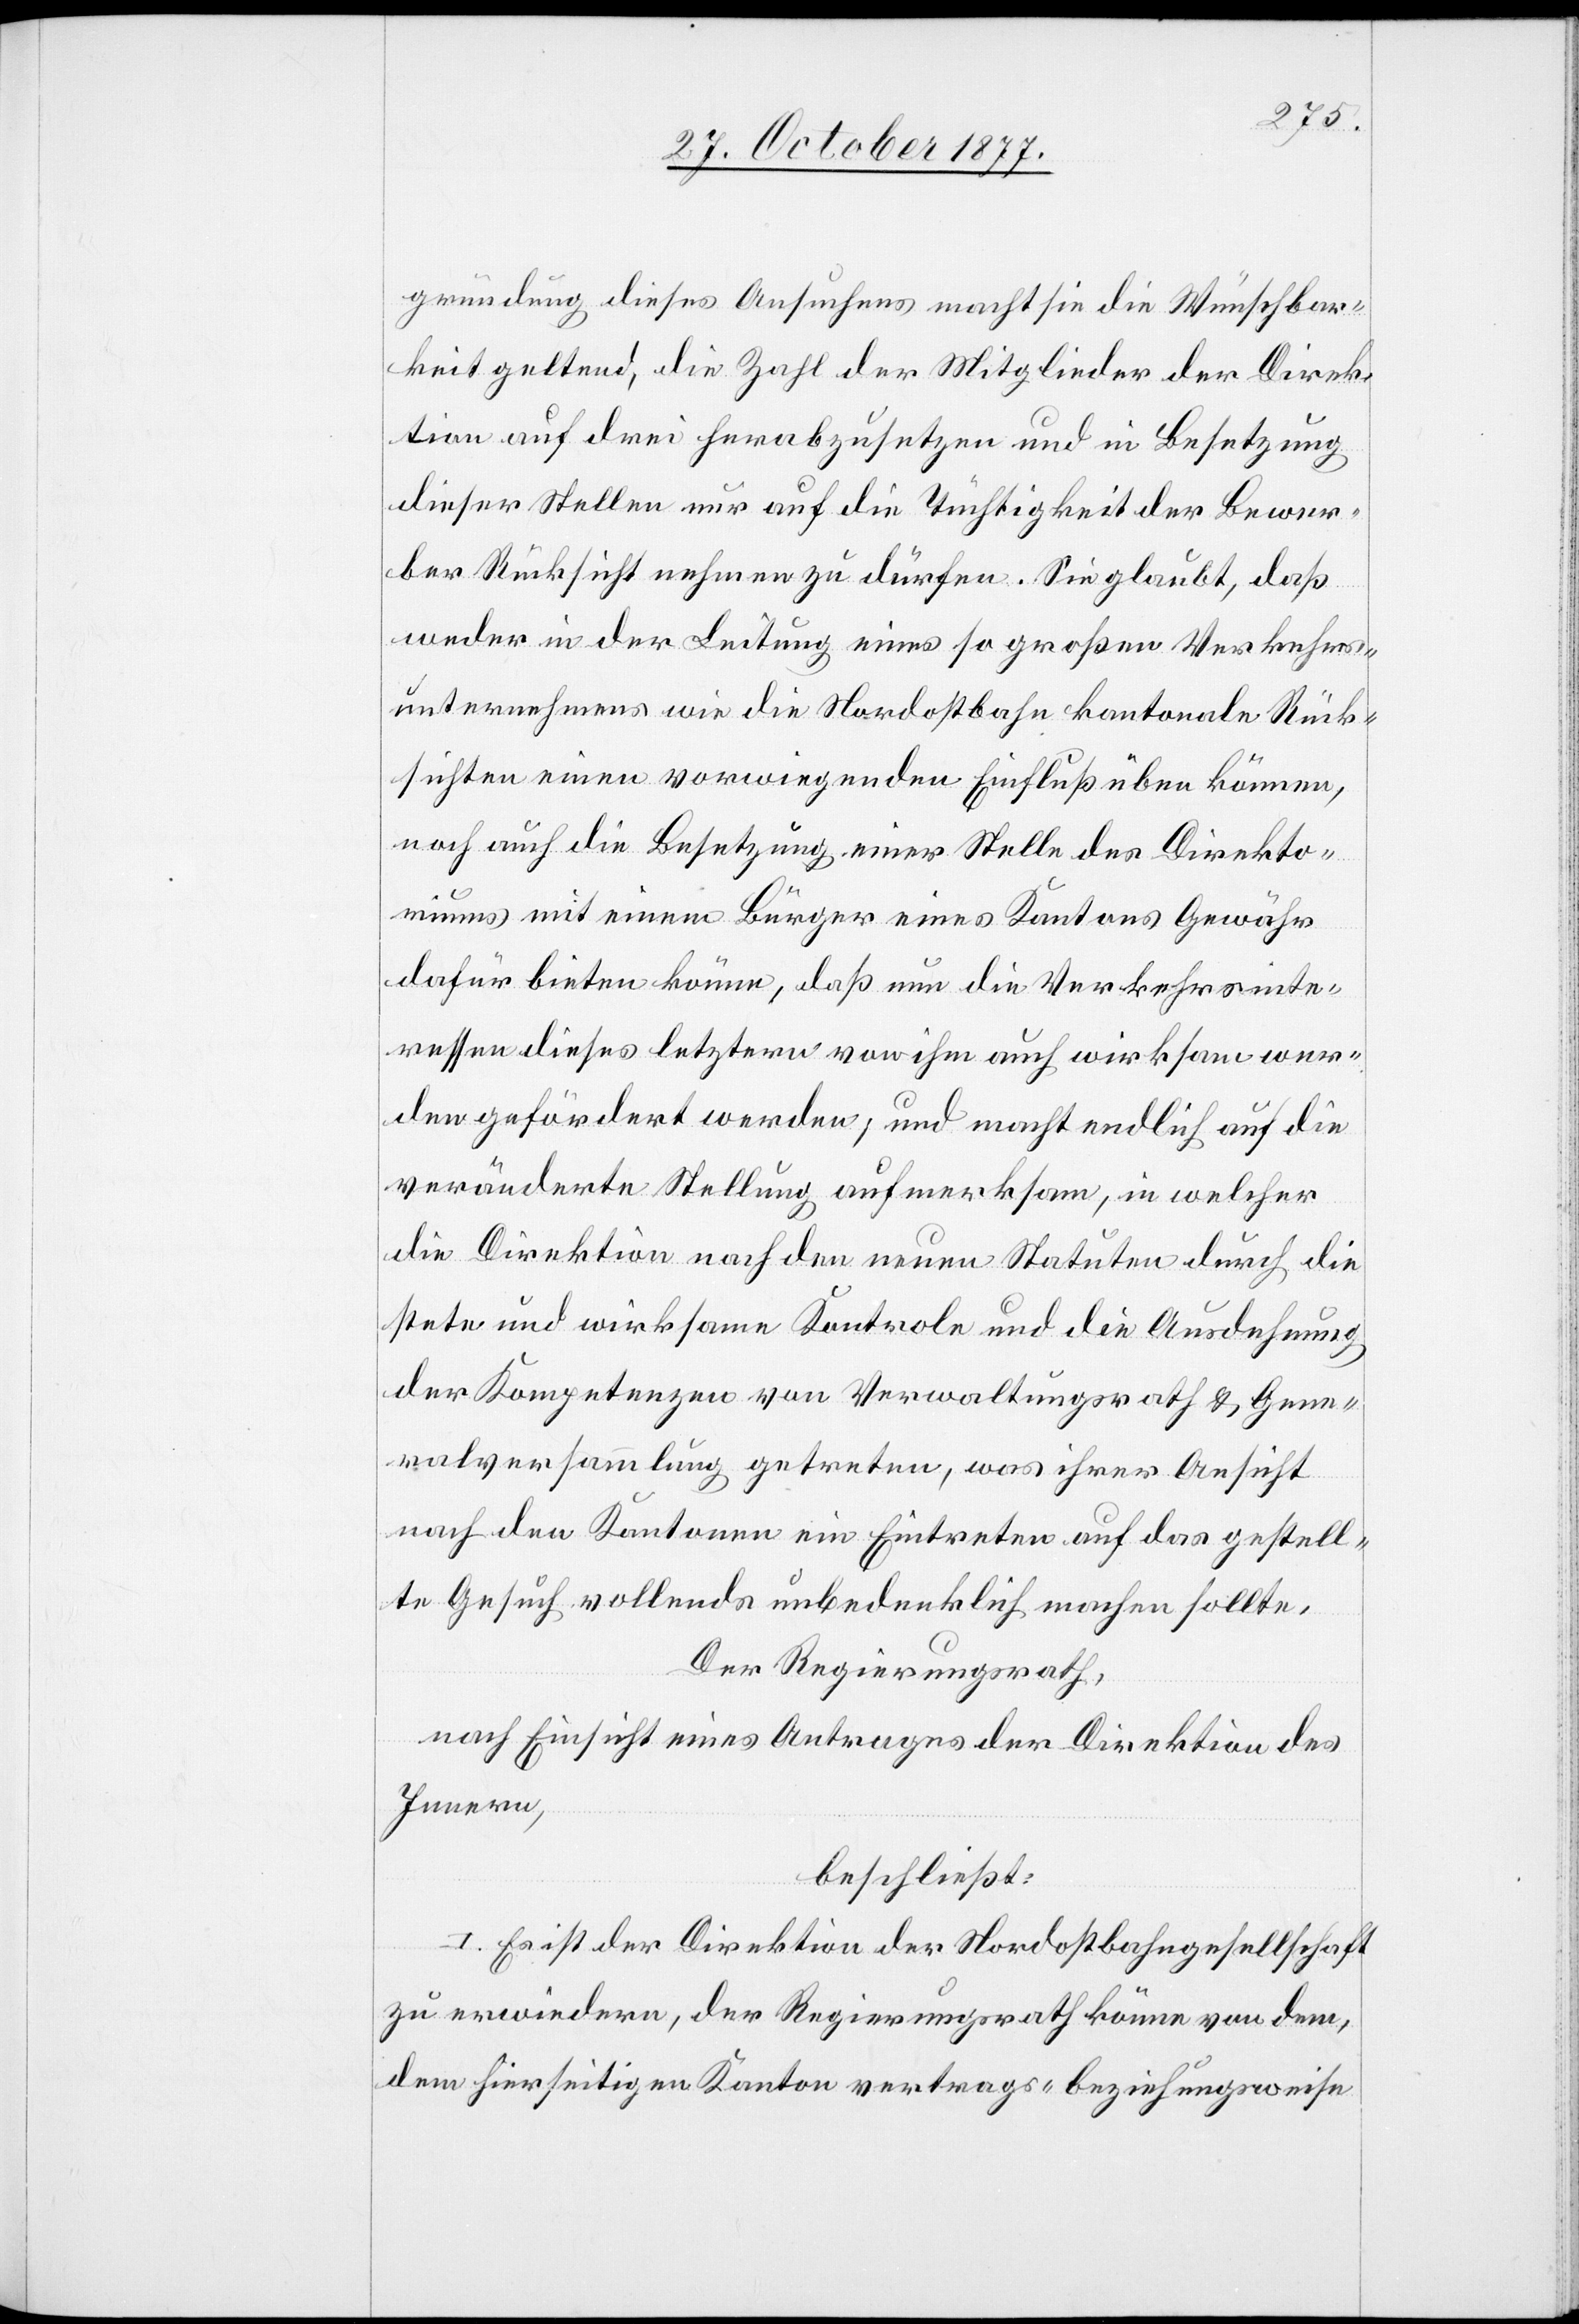
gründung dieses Ansuchens macht sie die Wünschbar¬
keit geltend, die Zahl der Mitglieder der Direk¬
tion auf drei herabzusetzen und in Besetzung
dieser Stellen nur auf die Tüchtigkeit der Bewer¬
ber Rücksicht nehmen zu dürfen. Sie glaubt, daß
weder in der Leitung eines so großen Verkehrs¬
unternehmens wie die Nordostbahn kantonale Rück¬
sichten einen vorwiegenden Einfluß üben können,
noch auch die Besetzung einer Stelle des Direkto¬
riums mit einem Bürger eines Kantons Gewähr
dafür bieten könne, daß nun die Verkehrsinte¬
ressen dieses letztern von ihm auch wirksam wer¬
den gefördert werden; und macht endlich auf die
veränderte Stellung aufmerksam, in welcher
die Direktion nach den neuen Statuten durch die
stete und wirksame Kontrole und die Ausdehnung
der Kompetenzen von Verwaltungsrath & Gene¬
ralversammlung getreten, was ihrer Ansicht
nach den Kantonen ein Eintreten auf das gestell¬
te Gesuch vollends unbedenklich machen sollte,
Der Regierungsrath,
nach Einsicht eines Antrages der Direktion des
Innern,
beschließt:
I. Es ist der Direktion der Nordostbahngesellschaft
zu erwiedern, der Regierungsrath könne von dem,
dem hierseitigen Kanton vertrags- beziehungsweise